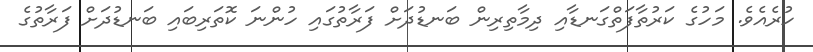
ހުރެއެވެ. މަހުގެ ކަރުތާފަތްގަނޑާއި ދިމާތިރިން ބަނޑުދަށް ފަރާތުގައި ހުންނަ ކޮތަރިބައި ބަނޑުދަށް ފަރާތުގެ